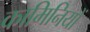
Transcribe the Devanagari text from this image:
कामिनियों